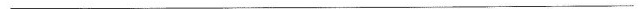
___